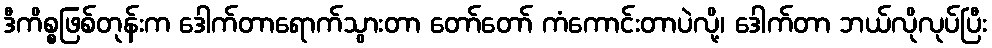
ဒီကိစ္စဖြစ်တုန်းက ဒေါက်တာရောက်သွားတာ တော်တော် ကံကောင်းတာပဲလို့၊ ဒေါက်တာ ဘယ်လိုလုပ်ပြီး